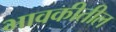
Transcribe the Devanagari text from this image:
भावकीतील